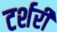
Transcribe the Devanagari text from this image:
टर्शरी